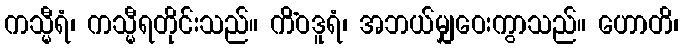
ကသ္မီရံ၊ ကသ္မီရတိုင်းသည်။ ကိံဝဒူရံ၊ အဘယ်မျှဝေးကွာသည်။ ဟောတိ၊